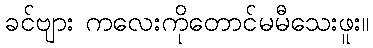
ခင်ဗျား ကလေးကိုတောင်မမီသေးဖူး။